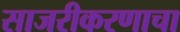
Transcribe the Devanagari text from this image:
साजरीकरणाचा